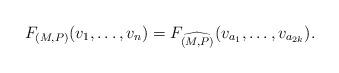
LaTeX: \begin{align*}F_{(M,P)}(v_1,\dots,v_n) = F_{\widehat{(M,P)}}(v_{a_1},\dots,v_{a_{2k}}).\end{align*}